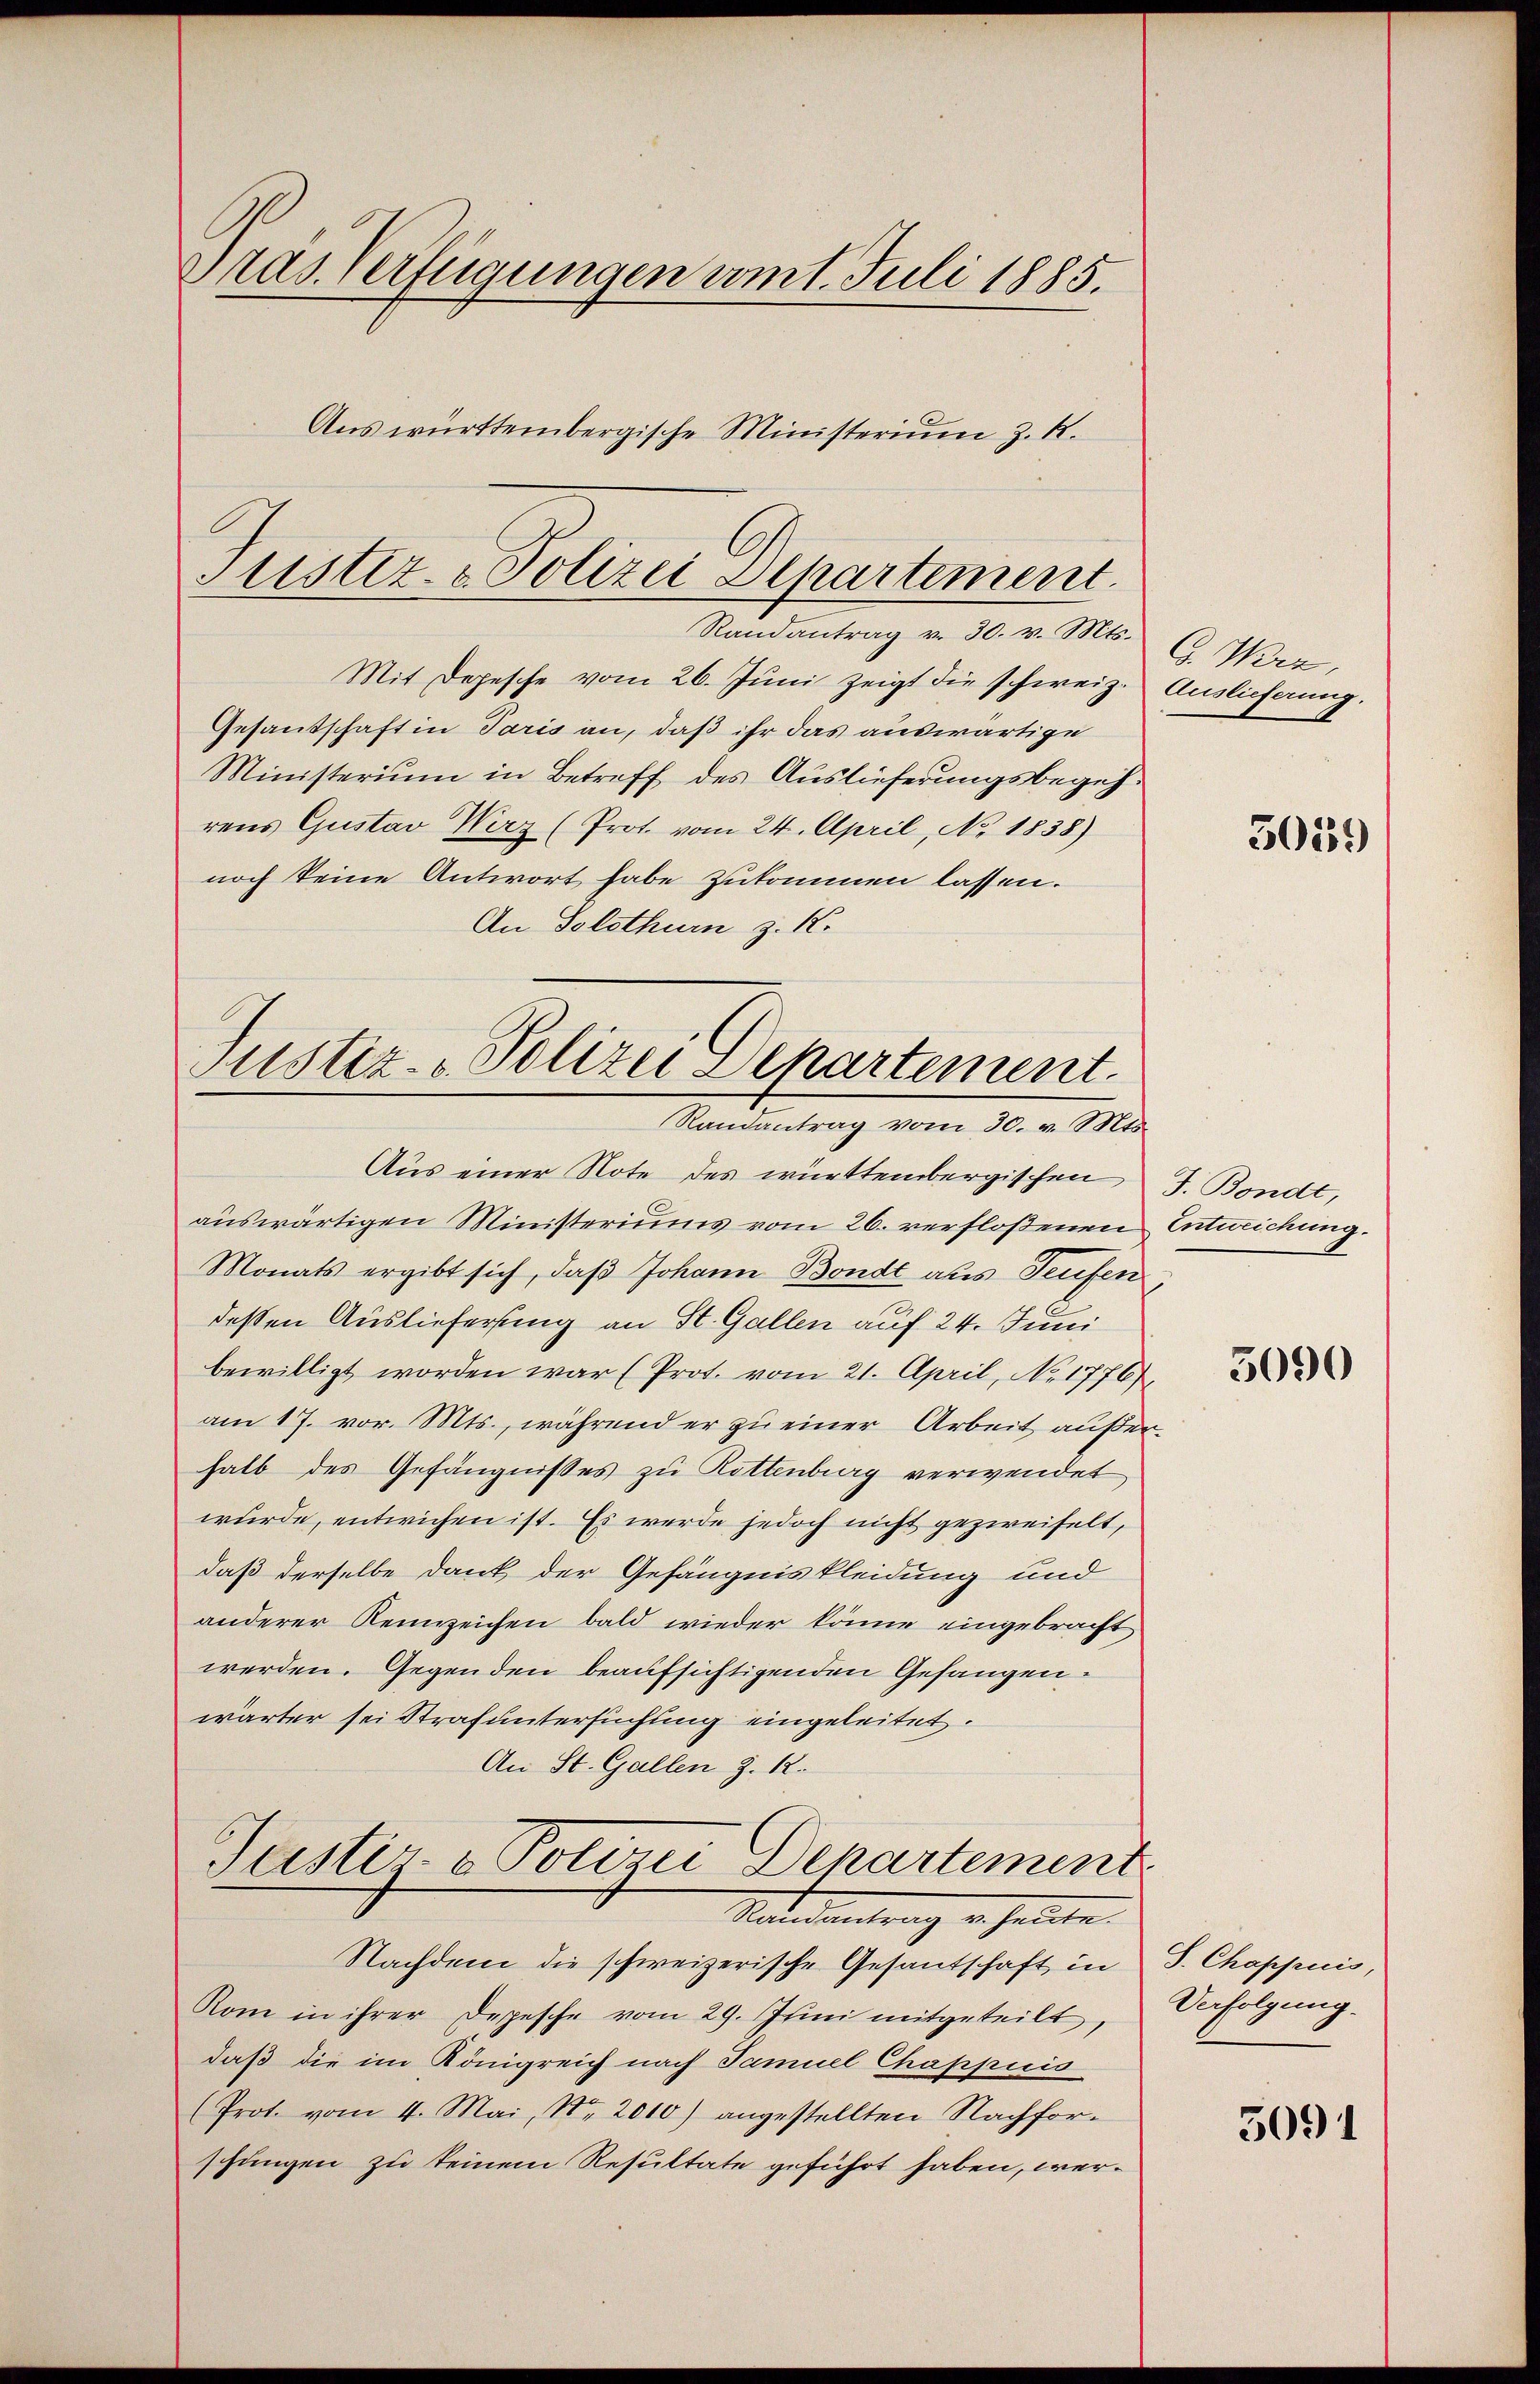
Präs. Verfügungen vom 1. Juli 1885.
Aŭs württembergische Ministerium z. R.

Justiz- & Polizei Alpartement
Randantrag v. 30. v. Mts.

Randantrag vom 30. v. Mts.

Mit Depesche vom 26. Juni zeigt die schweiz. Auslieferung.
Gesandschaft in Paris an, daß ihr das auswärtige
Ministerium in Betreff des Auslieferungsbegehrens Gustav Wirz (Prot. vom 24. April, No. 1838)
noch keine Antwort habe zukommen lassen.
An Solothurn z. K.
Justiz- & Polizei Departement.

Aus einer Note des württembergischen J. Bondt,
aŭswärtigen Ministeriums vom 26. verfloßenen Entweichung.
Monats ergibt sich, daß Johann Bondt als Teufen
dessen Auslieferung an St. Gallen auf 24. Juni
bewilligt worden war (Prot. vom 21. April, No 1776/
am 17. vor. Mts., während er zu einer Arbeit außerhalb des Gefängnisses zu Rottenburg verwendet
wurde, entwichen ist. Es werde jedoch nicht gezweifelt,
daß derselbe Dank der Gefängnis kleidung und
anderer Reizeichen bald wieder könne eingebracht
werden. Gegenden beaufsichtigenden Gefangen.
wärter sei Strafuntersuchung eingeleitet.
An St. Gallen z. R.
Justiz-Potini Departement
Naedeantrag er sollte.
Nachdem die schweizerische Gesandschaft in S. Chappuis,
Rom in ihrer Depesche vom 29. Juni mitgeteilt,
daß die im Königreich nach Samuel Chappuis
(Prot. vom 4. Mai, Nr. 2010) angestellten Nachfor-
schungen zu keinem Resultate geführt haben, wer¬

G. Wirz,

5059

3090

Verfolgung.

5091